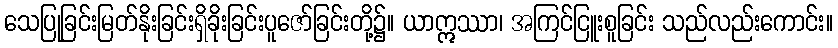
သေပြုခြင်းမြတ်နိုးခြင်းရှိခိုးခြင်းပူဇော်ခြင်းတို့၌။ ယာဣဿာ၊ အကြင်ငြူးစူခြင်း သည်လည်းကောင်း။